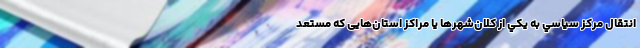
انتقال مركز سياسي به يكي از كلان‌شهرها يا مراكز استان‌هایی که مستعد